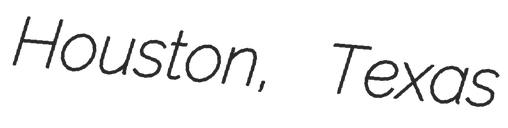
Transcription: Houston, Texas